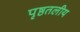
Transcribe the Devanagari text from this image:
पृष्ठतलीय